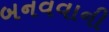
બનવવાની